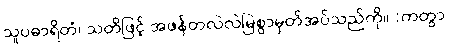
သူပဓာရိတံ၊ သတိဖြင့် အဖန်တလဲလဲမြဲစွာမှတ်အပ်သည်ကို။ (ကတွာ၊